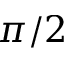
\pi / 2